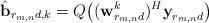
LaTeX: \begin{align*}\hat{\textbf{b}}_{r_{m,n}d,k}=Q \big( (\textbf{w}^k_{r_{m,n}d})^H \textbf{y}_{r_{m,n}d} \big)\end{align*}